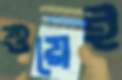
শুয়েই